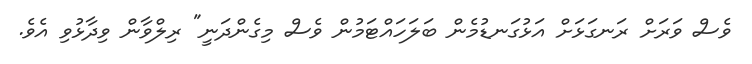
ވެސް ވަރަށް ރަނގަޅަށް އަޅުގަނޑުމެން ބަލަހައްޓަމުން ވެސް މިގެންދަނީ" ރިލްވާން ވިދާޅުވި އެވެ.